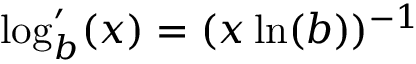
\textstyle \log _ { b } ^ { \prime } ( x ) = ( x \ln ( b ) ) ^ { - 1 }